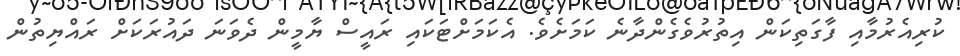
ކުރިއެރުމާއި ފާގަތިކަން އިތުރުވެގެންދާނެ ކަމަށެވެ. އެކަމަށްޓަކައި ރައީސް ޔާމީން ދެވަނަ ދައުރަކަށް ރައްޔިތުން